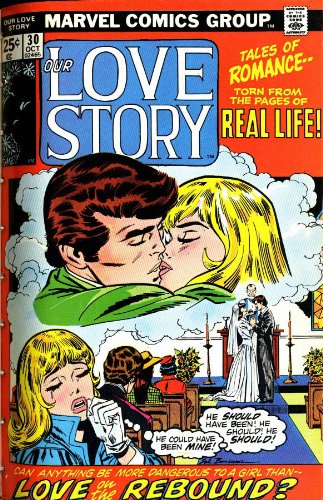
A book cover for Marvel Romance; Stan Lee; Comics & Graphic Novels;